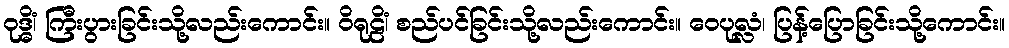
ဝုဒ္ဓိံ၊ ကြီးပွားခြင်းသို့လည်းကောင်း။ ဝိရုဠိံ၊ စည်ပင်ခြင်းသို့လည်းကောင်း။ ဝေပုလ္လံ၊ ပြန့်ပြောခြင်းသို့ကောင်း။